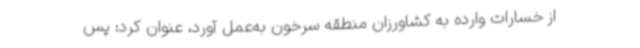
از خسارات وارده به کشاورزان منطقه سرخون به‌عمل آورد، عنوان کرد: پس